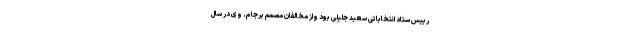
رییس ستاد انتخاباتی سعید جلیلی بود واز مخالفان مصمم برجام. وی در سال